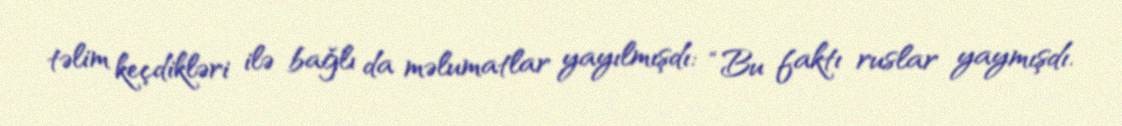
təlim keçdikləri ilə bağlı da məlumatlar yayılmışdı: “Bu faktı ruslar yaymışdı.